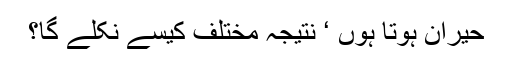
حیران ہوتا ہوں ‘ نتیجہ مختلف کیسے نکلے گا؟